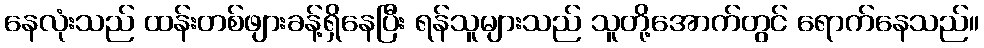
နေလုံးသည် ထန်းတစ်ဖျားခန့်ရှိနေပြီး ရန်သူများသည် သူတို့အောက်တွင် ရောက်နေသည်။